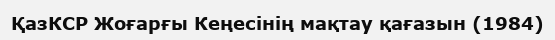
ҚазКСР Жоғарғы Кеңесінің мақтау қағазын (1984)